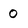
Character: 0